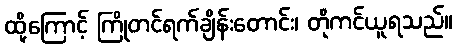
ထို့ကြောင့် ကြိုတင်ရက်ချိန်းတောင်း၊ တိုကင်ယူရသည်။